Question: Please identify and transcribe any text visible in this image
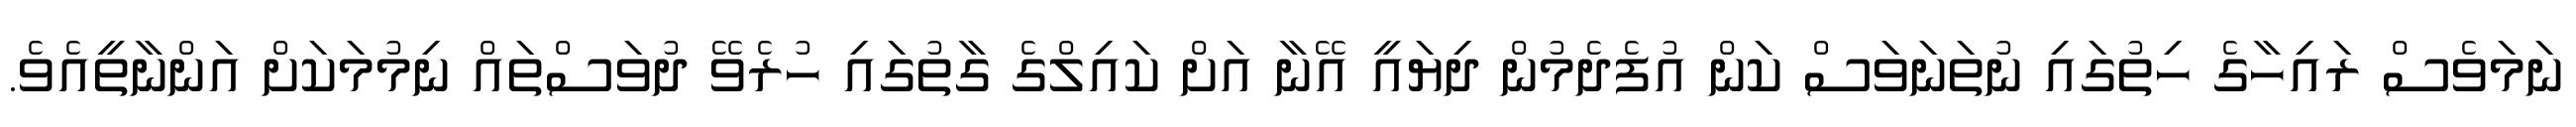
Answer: ނަމަވެސް ރައިހާގެ ހިތުގައި ނުތަނަވަސް ކަން އުފެދެމުން ދިޔައީ އޭނާ އަށް ކައިލްގެ ގާތުގައި ހުރެވޭ ދުވަސްތައް ނިމުމަކަށް އަންނާތީއެވެ.